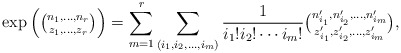
\begin{align*}{\rm exp} \left( \tbinom{n_1,\ldots,n_r}{z_1,\ldots,z_r} \right) =\sum_{m=1}^r\sum_{(i_1,i_2,\ldots,i_m)} \frac{1}{i_1!i_2!\cdots i_m!} \tbinom{n_{i_1}',n_{i_2}',\ldots,n_{i_m}'}{z_{i_1}',z_{i_2}',\ldots,z_{i_m}'},\end{align*}